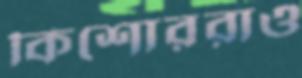
কিশোররাও